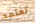
تعتمد